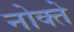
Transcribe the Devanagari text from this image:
नोक्ते